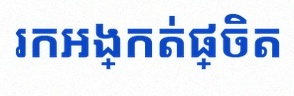
រកអង្កត់ផ្ចិត